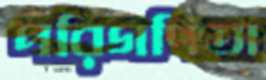
পরিগণিতা